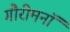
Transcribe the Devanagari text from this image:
गौरीमनॉ